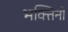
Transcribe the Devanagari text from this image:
भक्तिनों